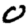
Digit: 0